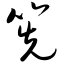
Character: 筅